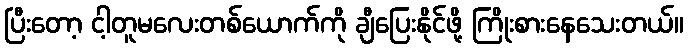
ပြီးတော့ ငါ့တူမလေးတစ်ယောက်ကို ချီပြေးနိုင်ဖို့ ကြိုးစားနေသေးတယ်။